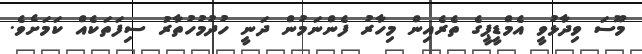
މޫސަ ވިދާޅުވީ އެމްޑީޕީގެ ތެރެއިން މިހާރު ފެންނަމުން ދަނީ ހުދުމުހުތާރު ސިފަތަކެއް ކަމަށެވެ.